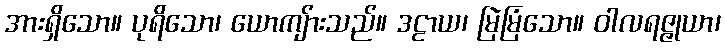
အားရှိသော။ ပုရိသော၊ ယောကျ်ားသည်။ ဒဠာယ၊ မြဲမြံသော။ ဝါလရဇ္ဇုယာ၊